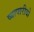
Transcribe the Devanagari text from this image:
व्यापारीयो